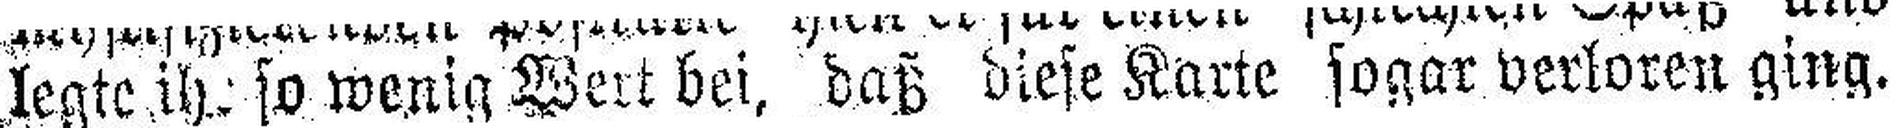
legte ihr so wenig Wert bei, daß diese Karte sogar verloren ging.